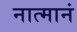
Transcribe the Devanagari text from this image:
नात्मानं